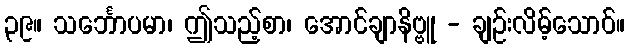
၃၉။ သင်္ဘောပမာ၊ ဤသည့်စာ၊ အောင်ချာနိဗ္ဗူ - ချဉ်းလိမ့်သောဝ်။